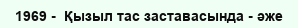
1969 -  Қызыл тас заставасында - әже